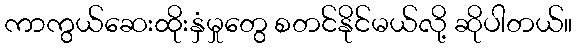
ကာကွယ်ဆေးထိုးနှံမှုတွေ စတင်နိုင်မယ်လို့ ဆိုပါတယ်။